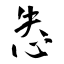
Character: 怣